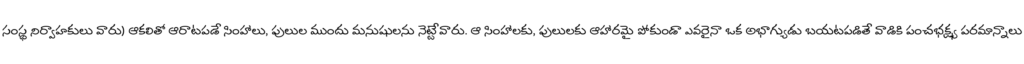
సంస్థ నిర్వాహకులు వారు) ఆకలితో ఆరాటపడే సింహాలు, పులుల ముందు మనుషులను నెట్టేవారు. ఆ సింహాలకు, పులులకు ఆహారమై పోకుండా ఎవరైనా ఒక అభాగ్యుడు బయటపడితే వాడికి పంచభక్ష్య పరమాన్నాలు